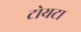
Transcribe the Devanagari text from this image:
टोयटा